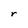
Character: r